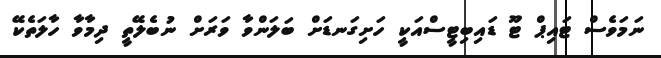
ނަމަވެސް ޓައިޕް ޓޫ ޑައިބިޓީސްއަކީ ހަށިގަނޑަށް ބަލަންވާ ވަރަށް ނުބެލޭތީ ދިމާވާ ހާލަތެކޭ